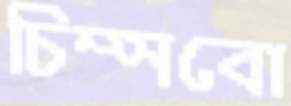
চিম্‌সবো